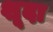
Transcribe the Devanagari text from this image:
शूदा